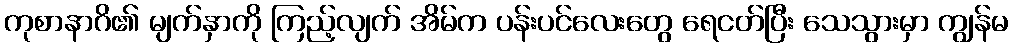
ကုစာနာဂိ၏ မျက်နှာကို ကြည့်လျက် အိမ်က ပန်းပင်လေးတွေ ရေငတ်ပြီး သေသွားမှာ ကျွန်မ